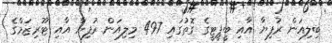
ބިލިއަން ރުފިޔާ އާއި ބީޕީޓީގެ ގޮތުގައި 497 މިލިއަން ރުފިޔާ އާއި ޓޫރިޒަމްގެ